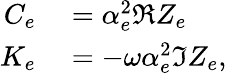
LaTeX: \begin{array}{rl}{C_{e}}&{{}=\alpha_{e}^{2}\Re{Z_{e}}}\\ {K_{e}}&{{}=-\omega\alpha_{e}^{2}\Im{Z_{e}},}\end{array}